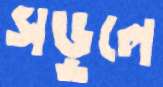
সড়ুলে